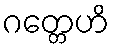
ဂတ္တေဟိ